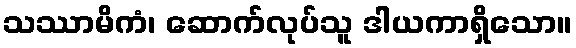
သဿာမိကံ၊ ဆောက်လုပ်သူ ဒါယကာရှိသော။